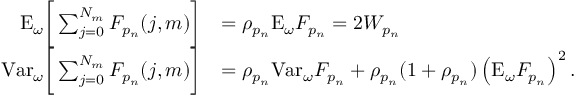
\begin{array} { r l } { \mathrm { E } _ { \omega } \bigg [ \sum _ { j = 0 } ^ { N _ { m } } F _ { p _ { n } } ( j , m ) \bigg ] } & { = \rho _ { p _ { n } } \mathrm { E } _ { \omega } F _ { p _ { n } } = 2 W _ { p _ { n } } } \\ { \mathrm { V a r } _ { \omega } \bigg [ \sum _ { j = 0 } ^ { N _ { m } } F _ { p _ { n } } ( j , m ) \bigg ] } & { = \rho _ { p _ { n } } \mathrm { V a r } _ { \omega } F _ { p _ { n } } + \rho _ { p _ { n } } ( 1 + \rho _ { p _ { n } } ) \left( \mathrm { E } _ { \omega } F _ { p _ { n } } \right) ^ { 2 } . } \end{array}